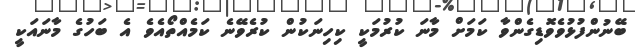
ބޭނުންފުޅުވެވޮޑިގެންވާ ކަމަށް މާނަ ކުރުމަކީ ކިހިނަކުން ކުރެވޭނެ ކަމެއްތޯއެވެ އެ ބަހުގެ މާނައަކީ